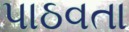
પાઠવતા